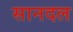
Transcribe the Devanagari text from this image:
सानदल